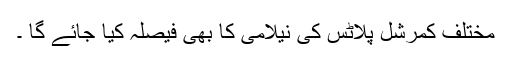
مختلف کمرشل پلاٹس کی نیلامی کا بھی فیصلہ کیا جائے گا ۔